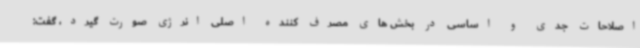
اصلاحات جدی و اساسی در بخش های مصرف کننده اصلی انرژی صورت گیرد، گفت: